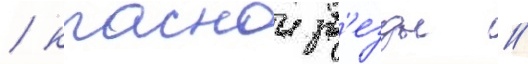
/ краснои зв'езды /